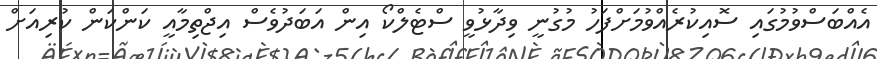
އެއްބަސްވުމުގައި ސޮއިކުރެއްވުމަށްފަހު މުގުނީ ވިދާޅުވީ ސްޓެލްކޯ އިން އަބަދުވެސް އިޖްތިމާއީ ކަންކަން ކުރިއަށް